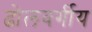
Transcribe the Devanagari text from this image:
ढोलवर्गीय